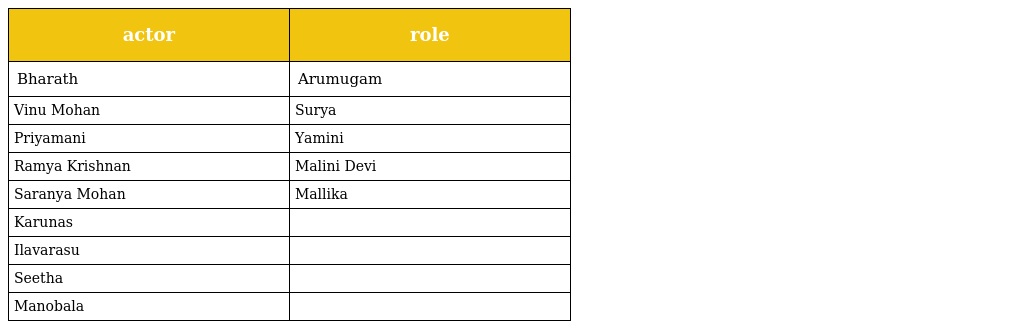
| actor | role |
 | --- | --- |
 | Bharath | Arumugam |
 | Vinu Mohan | Surya |
 | Priyamani | Yamini |
 | Ramya Krishnan | Malini Devi |
 | Saranya Mohan | Mallika |
 | Karunas |  |
 | Ilavarasu |  |
 | Seetha |  |
 | Manobala |  |